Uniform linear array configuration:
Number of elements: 32
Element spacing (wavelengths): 0.75
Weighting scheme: hann
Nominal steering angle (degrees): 60
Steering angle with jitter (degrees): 59.451
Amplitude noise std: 0.05
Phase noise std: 0.05

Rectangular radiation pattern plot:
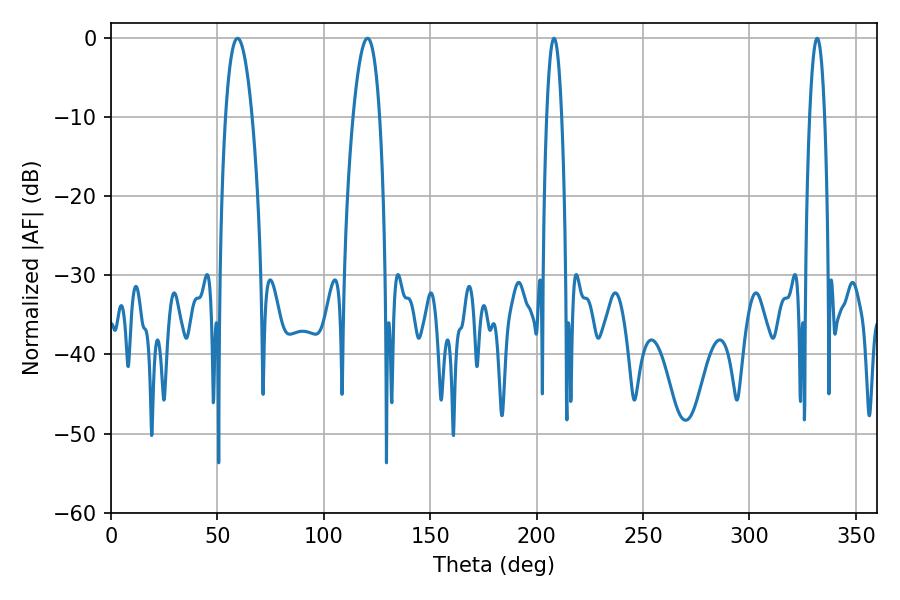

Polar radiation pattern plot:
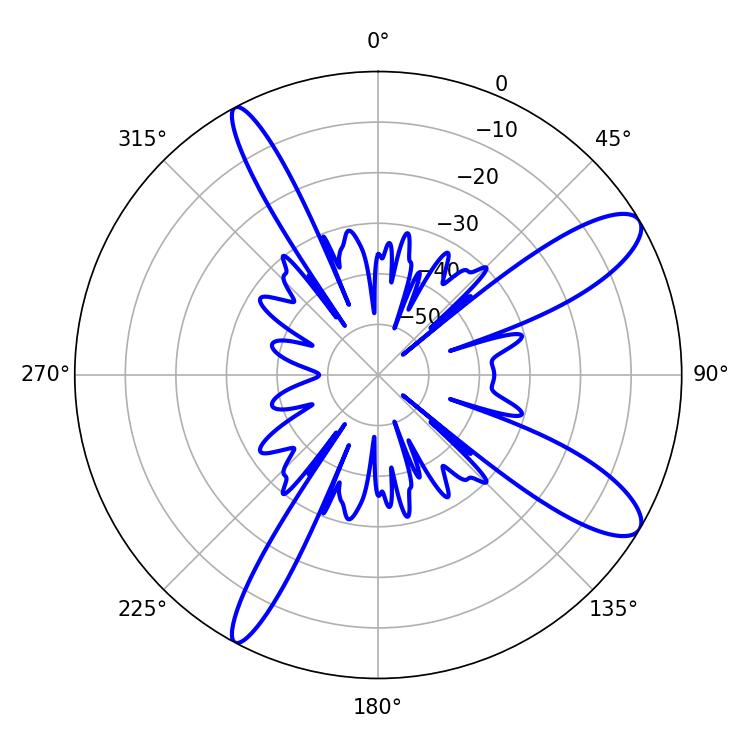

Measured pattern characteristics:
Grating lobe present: TRUE
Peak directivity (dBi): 11.138
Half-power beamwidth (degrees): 7.02
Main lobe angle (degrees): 59.4